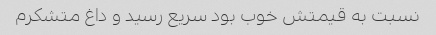
نسبت به قیمتش خوب بود سریع رسید و داغ متشکرم